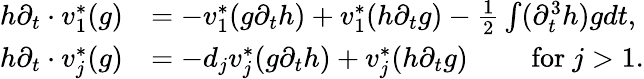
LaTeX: \begin{array}{rl}{h\partial_{t}\cdot v_{1}^{*}(g)}&{=-v_{1}^{*}(g\partial_{t}h)+v_{1}^{*}(h\partial_{t}g)-\frac{1}{2}\int(\partial_{t}^{3}h)gdt,}\\ {h\partial_{t}\cdot v_{j}^{*}(g)}&{=-d_{j}v_{j}^{*}(g\partial_{t}h)+v_{j}^{*}(h\partial_{t}g)\qquad\mathrm{~for~}j>1.}\end{array}